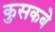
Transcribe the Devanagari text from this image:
कुसकबे